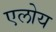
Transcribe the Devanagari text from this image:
एलोय